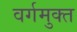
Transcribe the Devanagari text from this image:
वर्गमुक्त